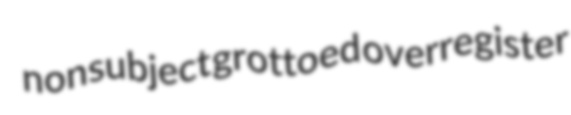
nonsubject grottoed overregister